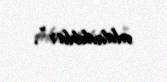
aldadıblar”.